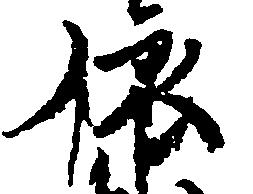
依